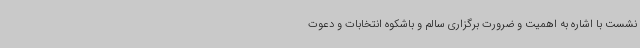
نشست با اشاره به اهمیت و ضرورت برگزاری سالم و باشکوه انتخابات و دعوت